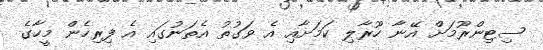
ސިޓިންރޫމަށް އޭނާ ހޫރާލި ކަމަށާއި އެ ވަގުތު އެތަނުގައި އެ ފިރިހެން މީހާގެ